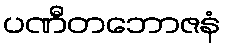
ပဏီတဘောဇနံ